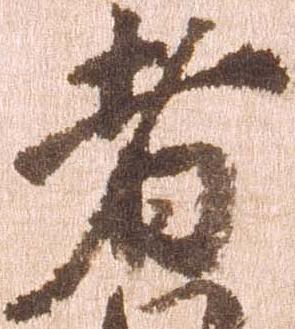
者